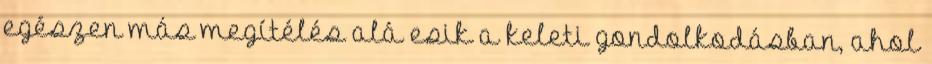
egészen más megítélés alá esik a keleti gondolkodásban, ahol